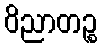
ဝိညာတဉ္စ